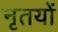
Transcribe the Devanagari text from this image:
नृतयों